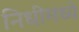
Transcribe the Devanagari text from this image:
निधीमध्ये